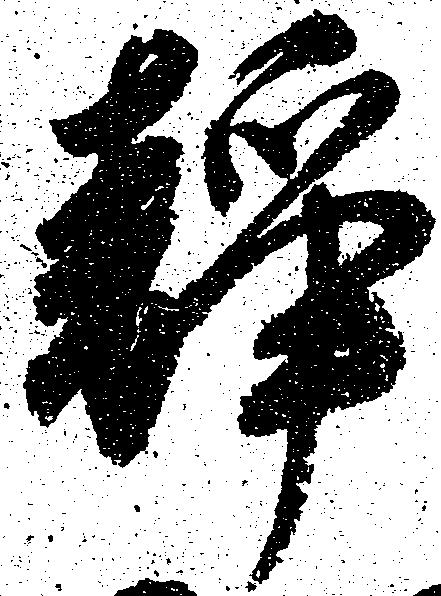
静